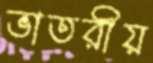
ভাতরীয়